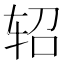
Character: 轺